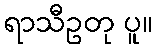
ရာသီဥတု ပူ။